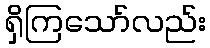
ရှိကြသော်လည်း